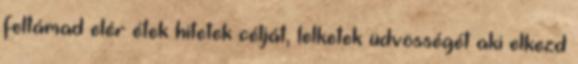
feltámad elér étek hitetek célját, lelketek üdvösségét aki elkezd